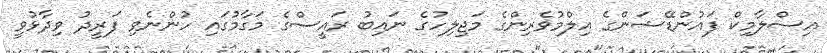
އިސްލާމިކް ފައުންޑޭޝަންގެ އިލްމުވެރިންގެ މަޖިލިހުގެ ނައިބު ރައީސްގެ މަގާމުގައި ހުންނެވި ފަރީދު ވިދާޅުވީ